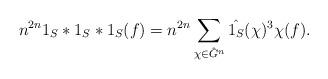
LaTeX: \begin{align*} n^{2n} 1_S*1_S*1_S(f) = n^{2n} \sum_{\chi\in\hat{G}^n} \hat{1_S}(\chi)^3 \chi(f).\end{align*}